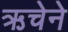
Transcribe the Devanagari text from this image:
ऋचेने